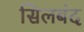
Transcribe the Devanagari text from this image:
सिलबंद